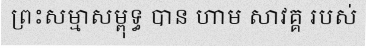
ព្រះសម្មាសម្ពុទ្ធ បាន ហាម សាវគ្គ របស់